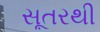
સૂતરથી